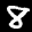
Label: 8